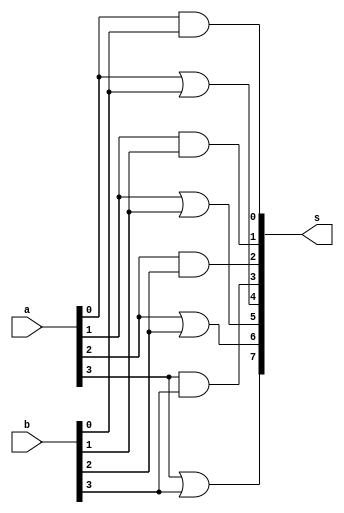
// ------------------------- 
// Exemplo0031 - F4 
// Nome: Pedro Henrique Vilar Locatelli 
// ------------------------- 
// ------------------------- 
// f4_gate 
// ------------------------- 
module f4 (output [7:0] s, 
input [3:0] a, 
input [3:0] b); 

and (s[0], a[0], b[0]);
and (s[1], a[1], b[1]);
and (s[2], a[2], b[2]);
and (s[3], a[3], b[3]);
or (s[4], a[0], b[0]);
or (s[5], a[1], b[1]);
or (s[6], a[2], b[2]);
or (s[7], a[3], b[3]);

endmodule // f4 
module test_f4; 
// ------------------------- definir dados 
reg [3:0] x; 
reg [3:0] y; 
wire [7:0] z; 
f4 modulo (z, x, y); 
// ------------------------- parte principal 
initial begin 
$display("Exemplo0031 - Pedro Henrique Vilar Locatelli - 427453"); 
$display("Test LU's module"); 
x = 4'b0011; y = 4'b0101; 
// projetar testes do modulo 
$display("x(4 bits),y(4 bits),z(8 bits or e and)"); 
#1 $display("%3b %3b %3b",x,y,z); 
end 
endmodule // test_f4